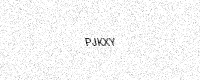
Text: PJKXY